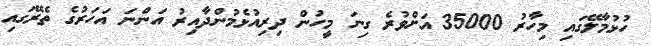
ހުޅުމާލޭގައި މިހާރު 35000 އަށްވުރެ ގިނަ މީހުން ދިރިއުޅެމުންދާއިރު އަންނަ އަހަރުގެ ތެރޭގައި